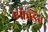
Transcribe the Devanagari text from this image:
एफेड्रिन